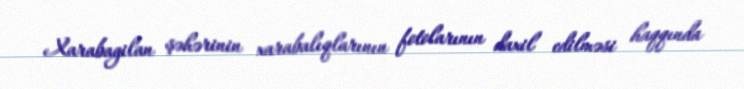
Xarabagilan şəhərinin xarabalıqlarının fotolarının daxil edilməsi haqqında